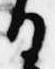
日